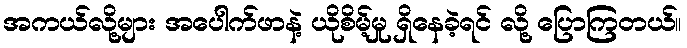
အကယ်လို့များ အပေါက်ဖာနဲ့ ယိုစိမ့်မှု ရှိနေခဲ့ရင် လို့ ပြောကြတယ်။